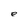
Character: e